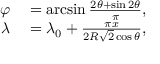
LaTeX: \begin{array} { r l } { \varphi } & { { } = \arcsin { \frac { 2 \theta + \sin 2 \theta } { \pi } } , } \\ { \lambda } & { { } = \lambda _ { 0 } + { \frac { \pi x } { 2 R { \sqrt { 2 } } \cos \theta } } , } \end{array}